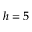
h = 5